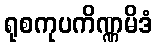
ရုစကုပကိဏ္ဏမိဒံ